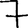
Digit: 7